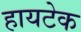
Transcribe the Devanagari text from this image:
हायटेक